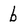
Character: b